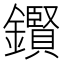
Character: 鑦